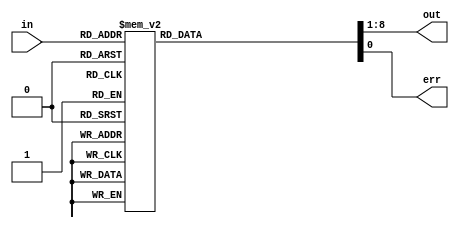

module decoder_3to8 (in,out,err);
    input [2:0] in;
    output reg [7:0] out;
    output reg err;
    always @(*) begin
        case (in)
            3'b000: begin err = 1'b0; out=8'b0000_0001; end
            3'b001: begin err = 1'b0; out=8'b0000_0010; end
            3'b010: begin err = 1'b0; out=8'b0000_0100; end
            3'b011: begin err = 1'b0; out=8'b0000_1000; end
            3'b100: begin err = 1'b0; out=8'b0001_0000; end
            3'b101: begin err = 1'b0; out=8'b0010_0000; end
            3'b110: begin err = 1'b0; out=8'b0100_0000; end
            3'b111: begin err = 1'b0; out=8'b1000_0000; end
            default:begin err = 1'b1; out=8'b0000_0000; end
        endcase 
    end
endmodule